Lunatic asylums Punjab 1911-1921 - 1911-1921
Year: 1911
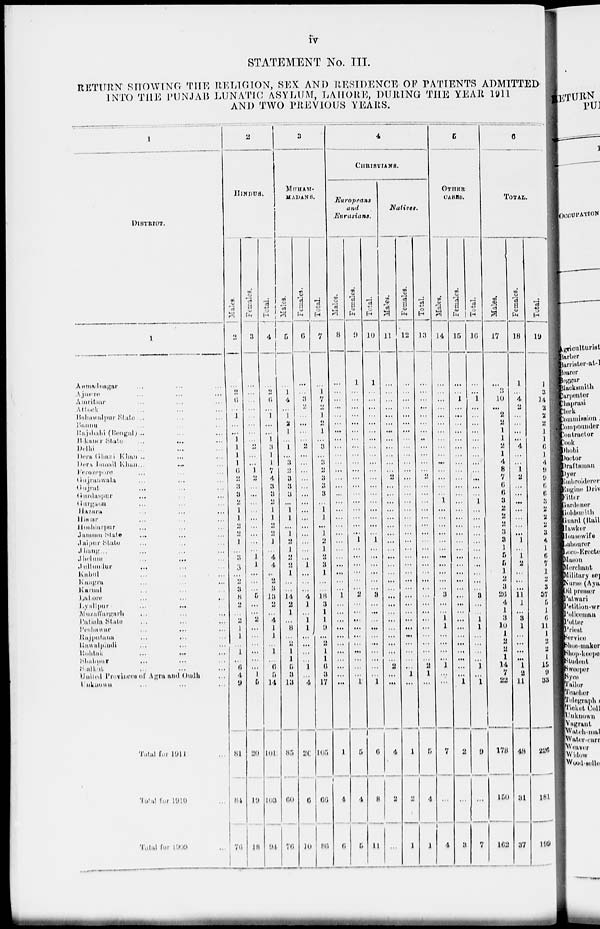
iv
STATEMENT No. III.
RETURN SHOWING THE RELIGION, SEX AND RESIDENCE OF PATIENTS ADMITTED
INTO THE PUNJAB LUNATIC ASYLUM, LAHORE, DURING THE YEAR l911
AND TWO PREVIOUS YEARS.
1
DlSTRICT.
1
Ahmadnagar... ... ...
Ajmere... ... ...
Amritsar... ... ...
Attock
...
...
...
Bahawalpur
State... ... ...
Bannu... ... ...
Rajshahi (Bengal)... ... ...
Bikaner State ... ... ...
Delhi ... ... ...
Dera Ghazi Khan ... ... ...
Dera Ismail
Khan ... ... ...
Ferozepore ... ... ...
Gujranwala ... ... ...
Gujral ... ... ...
Gurdaspur
...
...
...
Gurgaon ... ... ...
Hazara ... ... ...
Hissar ... ... ...
Hoshiarpur ... ... ...
Jamum State ... ... ...
Jaipur State ... ... ...
Jhang ... ... ...
Jhelum ... ... ...
Jullundur ... ... ...
Kabul ... ... ...
Kungra ... ... ...
Karnal ... ... ...
Lahore ... ... ...
Lyallpur...
...
...
Muzaffargarh ... ... ...
Patiala State ... ... ...
Pealmwar ... ... ...
Rajputana ... ... ...
Rawalpindi ... ... ...
Kohtak ... ... ...
Shahpur ... ... ...
Saikot ... ... ...
United
Provinces
of Agra and Oudh
Unknown ... ... ...
Total for 1911 ...
Total for 1910 ...
Total for 1909 ...
2
HINDUS.
Males.
2
...
2
6
...
1
...
...
1
1
1
1
6
2
3
3
2
1
1
2
2
1
...
3
3
...
2
3
8
2
...
2
1
1
...
1
...
6
4
9
81
84
76
Females.
3
...
...
...
...
...
...
...
...
...
...
...
1
2
...
...
...
...
...
...
...
...
...
1
1
...
...
...
5
...
...
2
...
...
...
...
...
...
1
5
20
19
18
Total.
4
...
2
6
...
1
...
...
1
3
1
1
7
4
3
3
2
1
1
2
2
1
...
4
4
...
2
3
l3
2
...
4
1
1
...
1
...
6
5
14
101
103
94
a
MUHAM-
MADANS.
Males.
5
...
1
4
...
1
2
1
...
1
...
3
2
3
3
3
...
1
l
...
1
2
1
2
2
1
...
...
14
2
1
...
3
...
2
1
1
5
3
13
85
60
76
Females.
6
...
...
3
2
...
...
...
...
2
...
...
...
...
...
...
...
...
...
...
...
...
...
...
1
...
...
...
4
1
...
1
1
...
...
...
...
1
...
4
26
6
10
Total.
7
...
1
7
2
1
2
1
...
3
...
3
...
3
3
3
...
1
1
...
1
2
1
2
3
1
...
...
18
3
1
1
...
...
2
1
1
6
3
17
105
66
86
4
CHRISTIANS
Europeans
and
Eurasians.
Males.
8
...
...
...
...
...
...
...
...
...
...
...
...
...
...
....
...
...
...
...
...
...
...
...
...
...
...
...
1
...
...
...
...
...
...
...
...
...
...
...
1
4
6
Females.
9
1
...
...
...
...
...
...
...
...
...
...
...
...
...
...
...
...
...
...
...
1
...
...
...
...
...
...
2
...
...
...
...
...
...
...
...
...
...
1
5
4
5
Total.
10
1
...
...
...
...
...
...
...
...
...
...
...
...
...
...
...
...
...
...
...
1
...
...
...
...
...
...
3
...
...
...
...
...
...
...
...
...
...
l
6
8
11
Natives.
Males.
11
..
...
...
...
...
...
...
...
...
...
...
...
2
...
...
...
...
...
...
...
...
...
...
...
...
...
...
...
...
...
...
...
...
...
...
...
2
...
...
4
2
...
Females.
12
...
...
...
...
...
...
...
...
...
...
...
...
...
...
...
...
...
...
...
...
...
...
...
...
...
...
...
...
...
...
...
...
...
...
...
...
...
1
...
1
2
1
Total.
13
...
...
...
...
...
...
...
...
...
...
...
...
2
...
...
...
...
...
...
...
...
...
...
...
...
...
...
...
...
...
...
...
...
...
...
...
2
1
...
5
4
1
5
OTHER
CASES.
Males.
14
...
...
...
...
...
...
...
...
...
...
...
...
...
...
...
...
...
...
...
...
...
...
...
...
...
...
...
3
...
...
1
1
...
...
...
...
1
...
...
7
...
4
Females.
15
...
...
1
...
...
...
...
...
...
...
...
...
...
...
...
...
...
...
...
...
...
...
...
...
...
...
...
...
...
...
...
...
...
...
...
...
...
...
1
2
...
3
Total.
16
...
...
1
...
...
...
...
...
...
...
...
...
...
...
...
1
...
...
...
...
...
...
...
...
...
...
...
3
...
...
1
1
...
...
...
...
l
...
1
9
...
7
6
TOTAL.
Males.
17
...
6
10
...
2
2
1
1
2
1
4
8
7
6
6
3
2
2
2
3
3
l
5
5
l
2
3
26
4
1
3
10
1
2
2
1
14
7
22
178
150
162
Females.
18
1
...
4
2
...
...
...
...
4
...
...
1
2
...
...
...
...
...
...
...
1
. . .
1
2
...
...
...
11
1
...
3
1
...
...
...
...
1
2
11
48
31
37
Total.
19
1
3
14
2
2
2
1
1
6
1
4
9
9
6
6
3
2
2
2
3
4
1
6
7
1
3
3
37
5
1
6
11
1
2
2
1
15
9
33
226
181
199